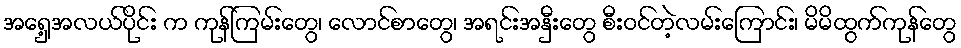
အရှေ့အလယ်ပိုင်း က ကုန်ကြမ်းတွေ၊ လောင်စာတွေ၊ အရင်းအနှီးတွေ စီးဝင်တဲ့လမ်းကြောင်း၊ မိမိထွက်ကုန်တွေ